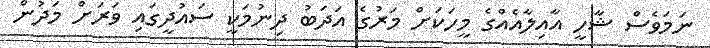
ނަމަވެސް ޝާހީ އާއިލާއެއްގެ މީހަކަށް މަރުގެ އަދަބު ދިނުމަކީ ސައުދީގައި ވަރަށް މަދުން